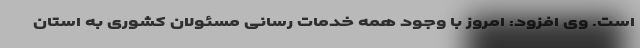
است. وی افزود: امروز با وجود همه خدمات رسانی مسئولان کشوری به استان